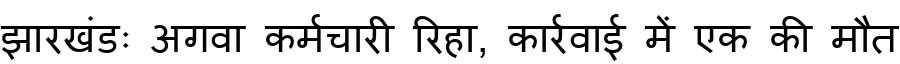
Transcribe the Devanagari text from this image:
झारखंडः अगवा कर्मचारी रिहा, कार्रवाई में एक की मौत